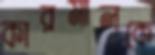
কারমালকে